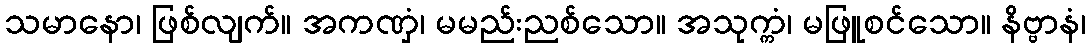
သမာနော၊ ဖြစ်လျက်။ အကဏှံ၊ မမည်းညစ်သော။ အသုက္ကံ၊ မဖြူစင်သော။ နိဗ္ဗာနံ၊